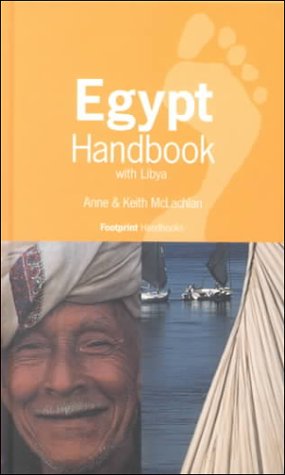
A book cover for Footprint Egypt Handbook: The Travel Guide; Anne McLachlan; Travel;